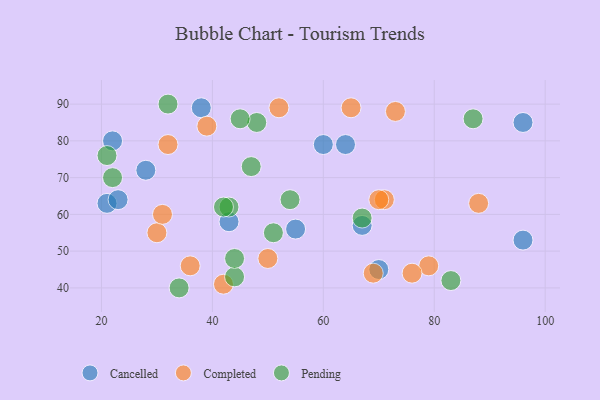
{"axis": {"x": "GDP", "y": "Life Expectancy"}, "legend": ["Cancelled", "Completed", "Pending"], "data": [{"x": "64", "y": 79, "type": "Cancelled"}, {"x": "38", "y": 89, "type": "Cancelled"}, {"x": "70", "y": 45, "type": "Cancelled"}, {"x": "96", "y": 53, "type": "Cancelled"}, {"x": "96", "y": 85, "type": "Cancelled"}, {"x": "21", "y": 63, "type": "Cancelled"}, {"x": "55", "y": 56, "type": "Cancelled"}, {"x": "23", "y": 64, "type": "Cancelled"}, {"x": "28", "y": 72, "type": "Cancelled"}, {"x": "60", "y": 79, "type": "Cancelled"}, {"x": "67", "y": 57, "type": "Cancelled"}, {"x": "43", "y": 58, "type": "Cancelled"}, {"x": "22", "y": 80, "type": "Cancelled"}, {"x": "30", "y": 55, "type": "Completed"}, {"x": "69", "y": 44, "type": "Completed"}, {"x": "65", "y": 89, "type": "Completed"}, {"x": "88", "y": 63, "type": "Completed"}, {"x": "39", "y": 84, "type": "Completed"}, {"x": "50", "y": 48, "type": "Completed"}, {"x": "36", "y": 46, "type": "Completed"}, {"x": "31", "y": 60, "type": "Completed"}, {"x": "42", "y": 41, "type": "Completed"}, {"x": "79", "y": 46, "type": "Completed"}, {"x": "32", "y": 79, "type": "Completed"}, {"x": "71", "y": 64, "type": "Completed"}, {"x": "70", "y": 64, "type": "Completed"}, {"x": "52", "y": 89, "type": "Completed"}, {"x": "73", "y": 88, "type": "Completed"}, {"x": "76", "y": 44, "type": "Completed"}, {"x": "51", "y": 55, "type": "Pending"}, {"x": "43", "y": 62, "type": "Pending"}, {"x": "48", "y": 85, "type": "Pending"}, {"x": "21", "y": 76, "type": "Pending"}, {"x": "42", "y": 62, "type": "Pending"}, {"x": "44", "y": 43, "type": "Pending"}, {"x": "47", "y": 73, "type": "Pending"}, {"x": "44", "y": 48, "type": "Pending"}, {"x": "54", "y": 64, "type": "Pending"}, {"x": "22", "y": 70, "type": "Pending"}, {"x": "45", "y": 86, "type": "Pending"}, {"x": "34", "y": 40, "type": "Pending"}, {"x": "83", "y": 42, "type": "Pending"}, {"x": "87", "y": 86, "type": "Pending"}, {"x": "32", "y": 90, "type": "Pending"}, {"x": "67", "y": 59, "type": "Pending"}]}